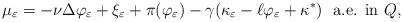
LaTeX: \begin{align*} \mu_{\varepsilon}= - \nu \Delta \varphi_{\varepsilon} + \xi_{\varepsilon} + \pi(\varphi_{\varepsilon}) - \gamma (\kappa_{\varepsilon} - \ell \varphi_{\varepsilon} + \kappa^*) \ \ \textrm{a.e. in $Q$,} \end{align*}